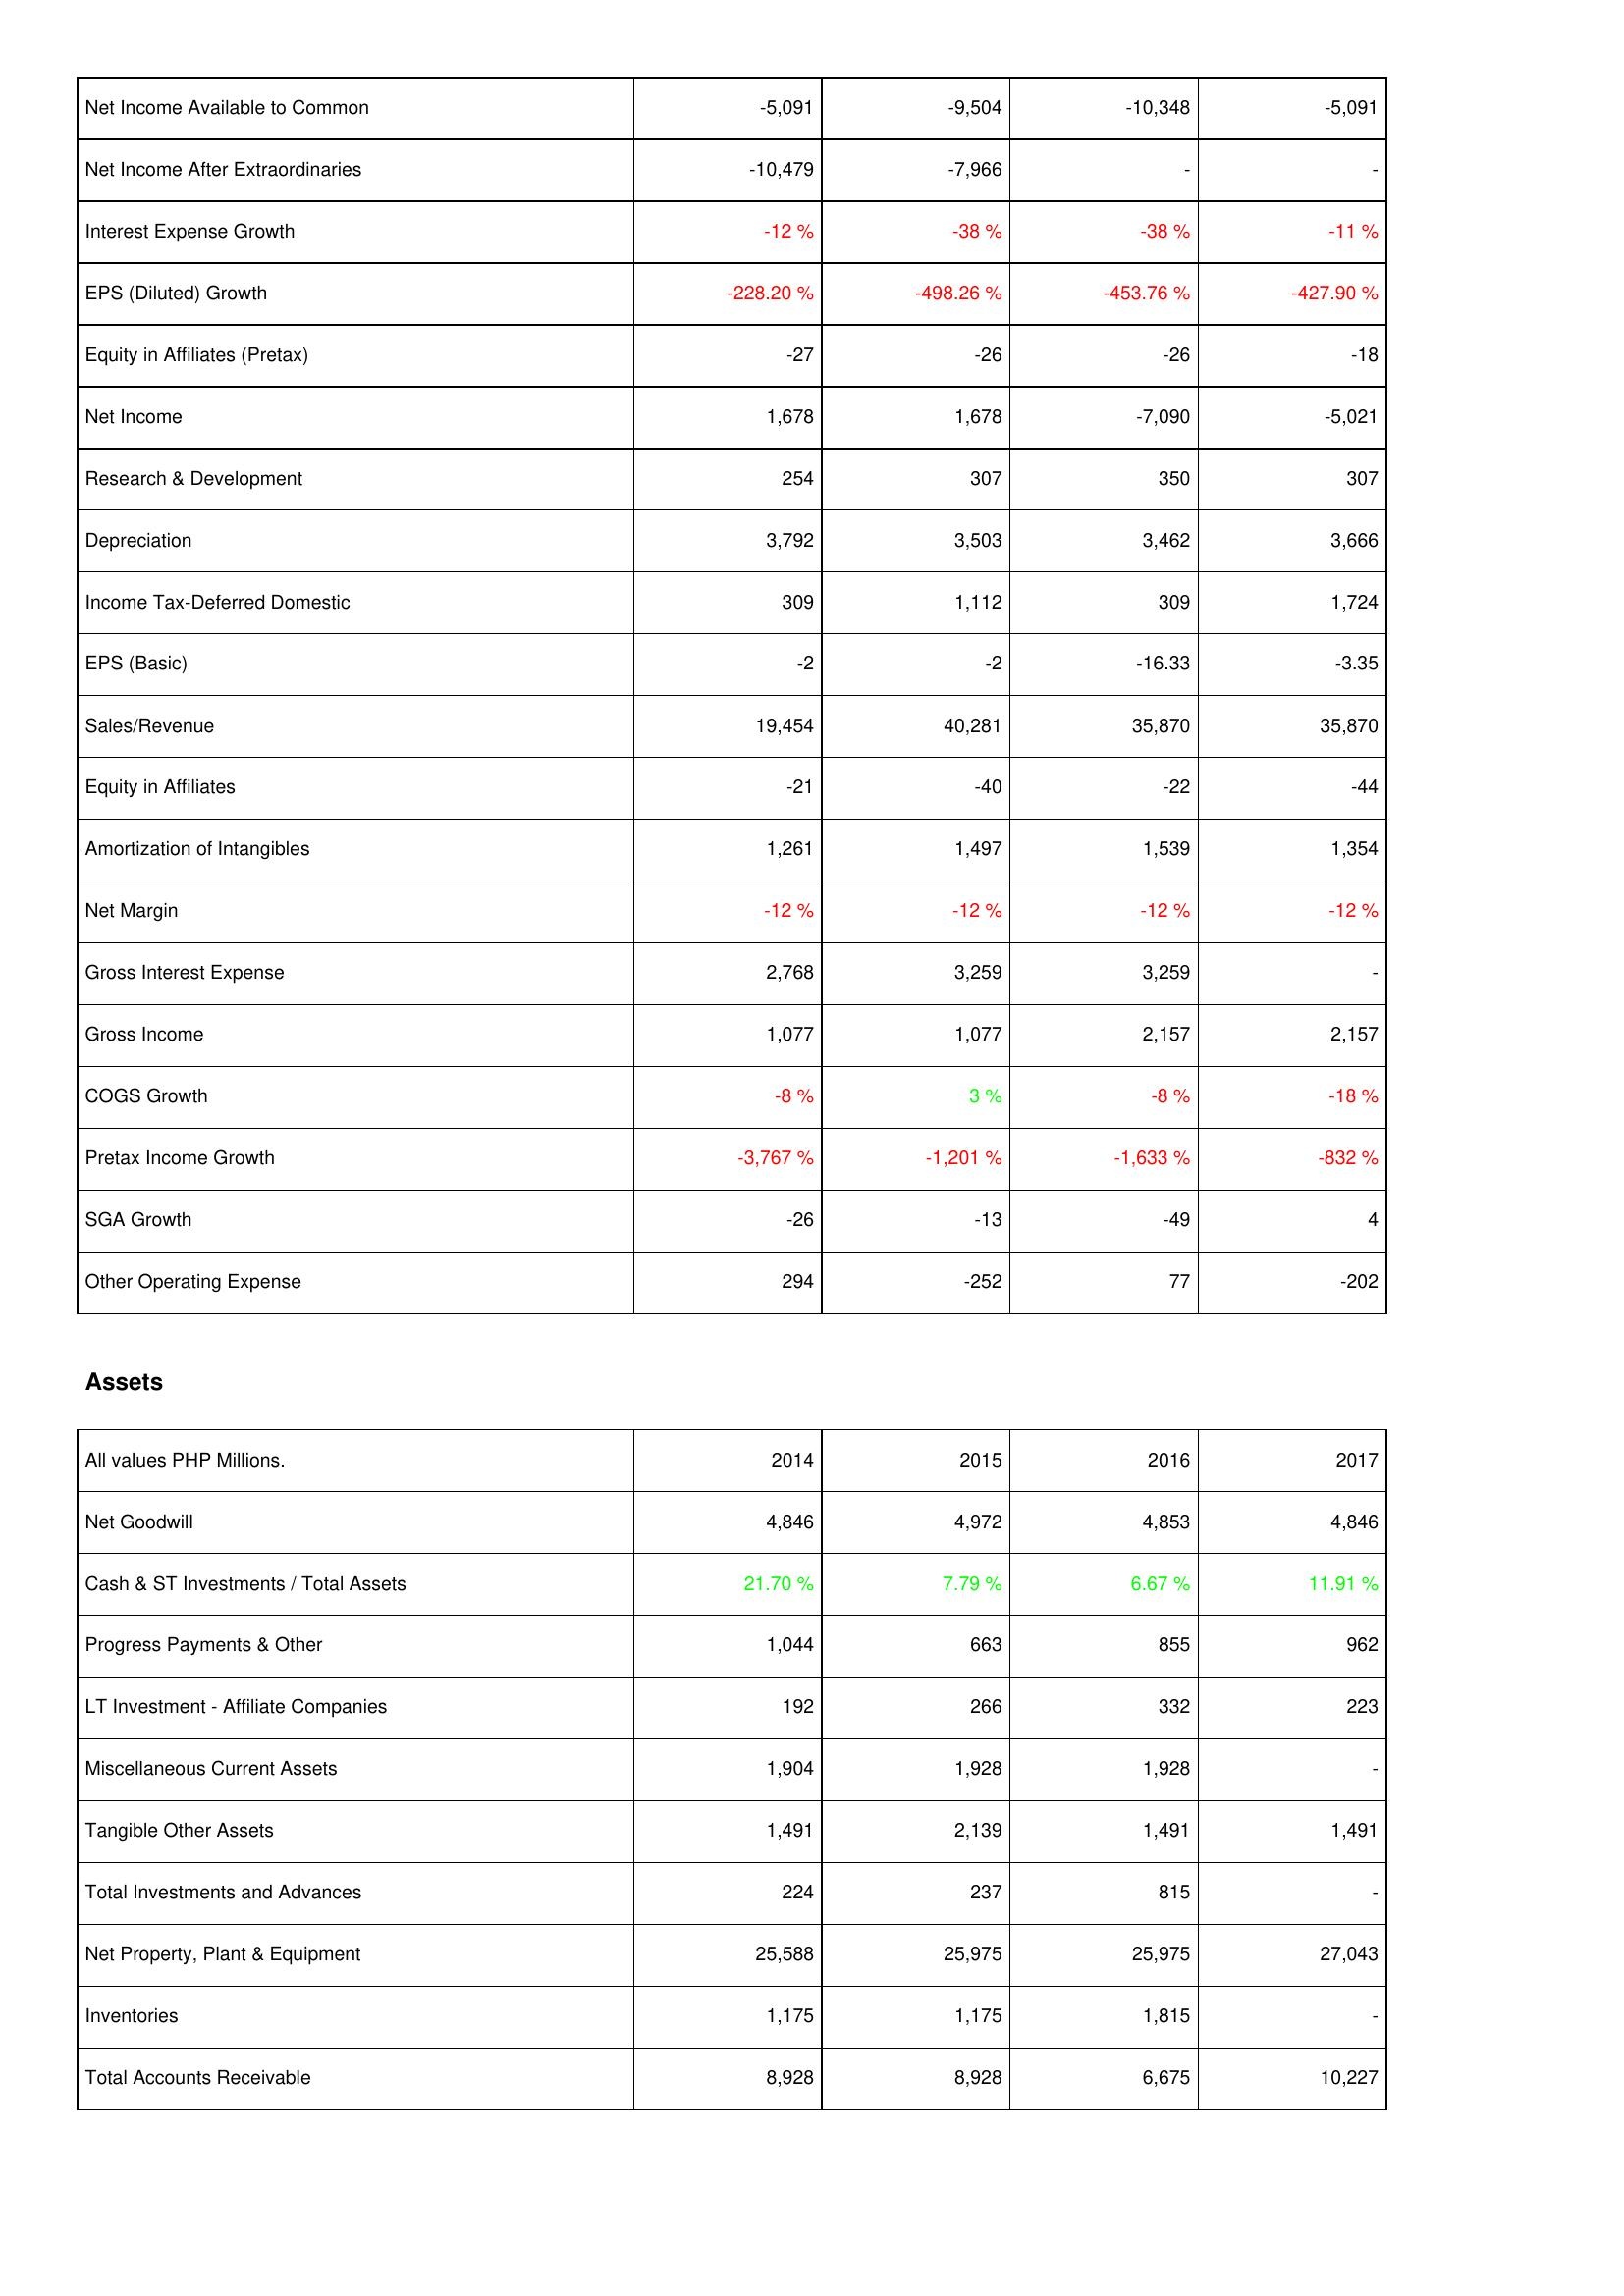
2014: Income Statement: Net Income Available to Common: -5,091
Net Income After Extraordinaries: -10,479
Interest Expense Growth: -12 %
EPS (Diluted) Growth: -228.20 %
Equity in Affiliates (Pretax): -27
Net Income: 1,678
Research & Development: 254
Depreciation: 3,792
Income Tax-Deferred Domestic: 309
EPS (Basic): -2
Sales/Revenue: 19,454
Equity in Affiliates: -21
Amortization of Intangibles: 1,261
Net Margin: -12 %
Gross Interest Expense: 2,768
Gross Income: 1,077
COGS Growth: -8 %
Pretax Income Growth: -3,767 %
SGA Growth: -26
Other Operating Expense: 294
Assets: Net Goodwill: 4,846
Cash & ST Investments / Total Assets: 21.70 %
Progress Payments & Other: 1,044
LT Investment - Affiliate Companies: 192
Miscellaneous Current Assets: 1,904
Tangible Other Assets: 1,491
Total Investments and Advances: 224
Net Property, Plant & Equipment: 25,588
Inventories: 1,175
Total Accounts Receivable: 8,928
2015: Income Statement: Net Income Available to Common: -9,504
Net Income After Extraordinaries: -7,966
Interest Expense Growth: -38 %
EPS (Diluted) Growth: -498.26 %
Equity in Affiliates (Pretax): -26
Net Income: 1,678
Research & Development: 307
Depreciation: 3,503
Income Tax-Deferred Domestic: 1,112
EPS (Basic): -2
Sales/Revenue: 40,281
Equity in Affiliates: -40
Amortization of Intangibles: 1,497
Net Margin: -12 %
Gross Interest Expense: 3,259
Gross Income: 1,077
COGS Growth: 3 %
Pretax Income Growth: -1,201 %
SGA Growth: -13
Other Operating Expense: -252
Assets: Net Goodwill: 4,972
Cash & ST Investments / Total Assets: 7.79 %
Progress Payments & Other: 663
LT Investment - Affiliate Companies: 266
Miscellaneous Current Assets: 1,928
Tangible Other Assets: 2,139
Total Investments and Advances: 237
Net Property, Plant & Equipment: 25,975
Inventories: 1,175
Total Accounts Receivable: 8,928
2016: Income Statement: Net Income Available to Common: -10,348
Net Income After Extraordinaries: -
Interest Expense Growth: -38 %
EPS (Diluted) Growth: -453.76 %
Equity in Affiliates (Pretax): -26
Net Income: -7,090
Research & Development: 350
Depreciation: 3,462
Income Tax-Deferred Domestic: 309
EPS (Basic): -16.33
Sales/Revenue: 35,870
Equity in Affiliates: -22
Amortization of Intangibles: 1,539
Net Margin: -12 %
Gross Interest Expense: 3,259
Gross Income: 2,157
COGS Growth: -8 %
Pretax Income Growth: -1,633 %
SGA Growth: -49
Other Operating Expense: 77
Assets: Net Goodwill: 4,853
Cash & ST Investments / Total Assets: 6.67 %
Progress Payments & Other: 855
LT Investment - Affiliate Companies: 332
Miscellaneous Current Assets: 1,928
Tangible Other Assets: 1,491
Total Investments and Advances: 815
Net Property, Plant & Equipment: 25,975
Inventories: 1,815
Total Accounts Receivable: 6,675
2017: Income Statement: Net Income Available to Common: -5,091
Net Income After Extraordinaries: -
Interest Expense Growth: -11 %
EPS (Diluted) Growth: -427.90 %
Equity in Affiliates (Pretax): -18
Net Income: -5,021
Research & Development: 307
Depreciation: 3,666
Income Tax-Deferred Domestic: 1,724
EPS (Basic): -3.35
Sales/Revenue: 35,870
Equity in Affiliates: -44
Amortization of Intangibles: 1,354
Net Margin: -12 %
Gross Interest Expense: -
Gross Income: 2,157
COGS Growth: -18 %
Pretax Income Growth: -832 %
SGA Growth: 4
Other Operating Expense: -202
Assets: Net Goodwill: 4,846
Cash & ST Investments / Total Assets: 11.91 %
Progress Payments & Other: 962
LT Investment - Affiliate Companies: 223
Miscellaneous Current Assets: -
Tangible Other Assets: 1,491
Total Investments and Advances: -
Net Property, Plant & Equipment: 27,043
Inventories: -
Total Accounts Receivable: 10,227